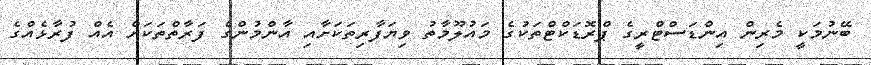
ބޭނުމަކީ މެރިން އިންޑަސްޓްރީގެ ޕްރޮޑަކްޓްތަކުގެ މައުލޫމާތު ވިޔަފާރިތަކަށާއި އާންމުންގެ ފަރާތްތަކަށް އެއް ފުރާޅެއްގެ